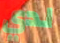
لدي